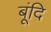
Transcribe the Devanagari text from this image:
बूंदि